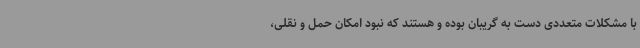
با مشکلات متعددی دست به گریبان بوده و هستند که نبود امکان حمل و نقلی،